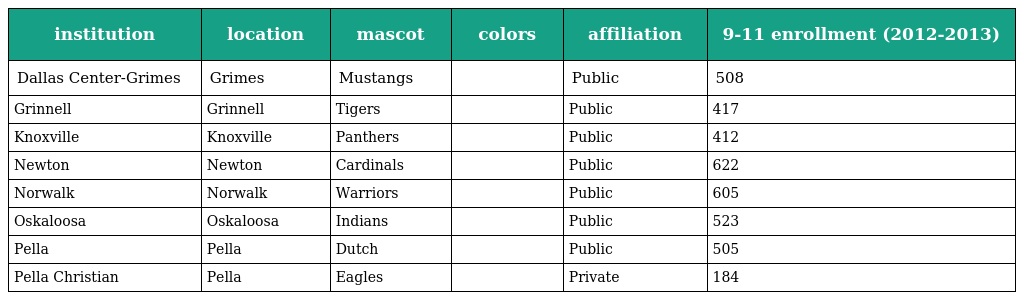
| institution | location | mascot | colors | affiliation | 9-11 enrollment (2012-2013) |
 | --- | --- | --- | --- | --- | --- |
 | Dallas Center-Grimes | Grimes | Mustangs |  | Public | 508 |
 | Grinnell | Grinnell | Tigers |  | Public | 417 |
 | Knoxville | Knoxville | Panthers |  | Public | 412 |
 | Newton | Newton | Cardinals |  | Public | 622 |
 | Norwalk | Norwalk | Warriors |  | Public | 605 |
 | Oskaloosa | Oskaloosa | Indians |  | Public | 523 |
 | Pella | Pella | Dutch |  | Public | 505 |
 | Pella Christian | Pella | Eagles |  | Private | 184 |